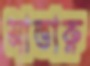
সাতারু